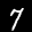
Label: 7